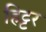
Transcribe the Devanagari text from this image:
हिट्टर